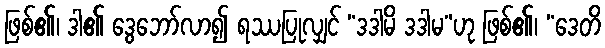
ဖြစ်၏၊ ဒါ၏ ဒွေဘော်လာ၍ ရဿပြုလျှင် “ဒဒါမိ ဒဒါမ”ဟု ဖြစ်၏၊ “ဒေတိ